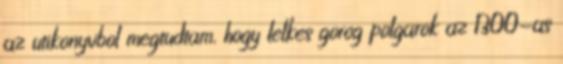
az utikonyvbol megtudtam, hogy lelkes gorog polgarok az 1300-as